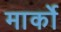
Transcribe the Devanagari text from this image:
मार्को